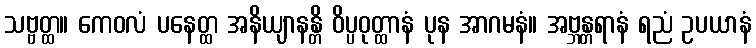
သဗ္ဗတ္ထ။ ကေဝလံ ပနေတ္ထ အနိယျာနန္တိ ဝိပ္ပဝုတ္ထာနံ ပုန အာဂမနံ။ အဗ္ဘန္တရာနံ ရညံ ဥပယာနံ